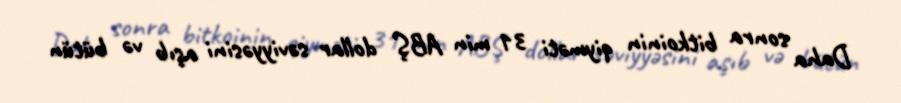
Daha sonra bitkoinin qiyməti 31 min ABŞ dollar səviyyəsini aşıb və bütün